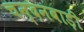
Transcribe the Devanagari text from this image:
चन्दनबाड़ी